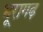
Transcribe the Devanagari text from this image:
भूरागढ़